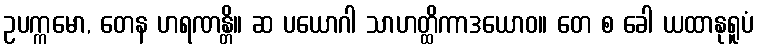
ဥပက္ကမော, တေန ဟရဏန္တိ။ ဆ ပယောဂါ သာဟတ္ထိကာဒယောဝ။ တေ စ ခေါ ယထာနုရူပံ